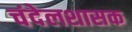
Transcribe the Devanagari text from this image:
चंदेलशासक